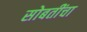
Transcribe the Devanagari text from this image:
सोबतींचा